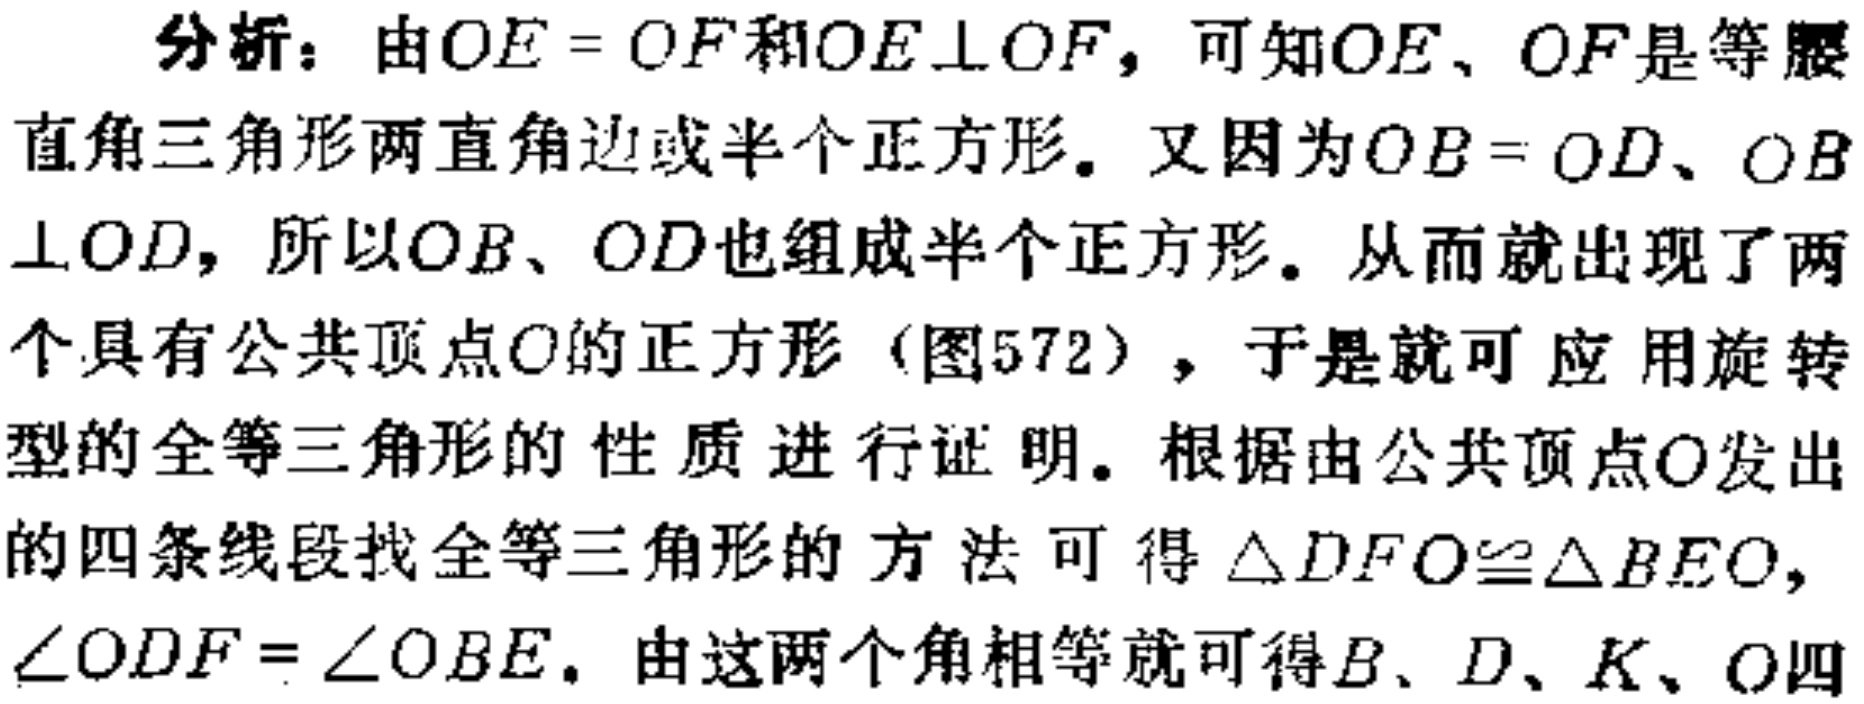
分析：由\(OE = OF\)和\(OE\perp OF\)，可知\(OE\)、\(OF\)是等腰直角三角形两直角边或半个正方形。又因为\(OB = OD\)、\(OB\perp OD\)，所以\(OB\)、\(OD\)也组成半个正方形。从而就出现了两个具有公共顶点\(O\)的正方形（图572），于是就可应用旋转型的全等三角形的性质进行证明。根据由公共顶点\(O\)发出的四条线段找全等三角形的方法可得\(\triangle DFO\cong\triangle BEO\)，\(\angle ODF = \angle OBE\)。由这两个角相等就可得\(B\)、\(D\)、\(K\)、\(O\)四